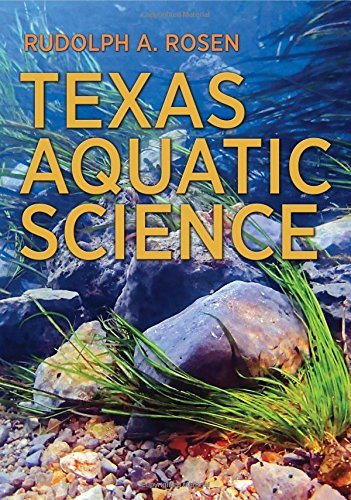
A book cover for Texas Aquatic Science (River Books, Sponsored by The Meadows Center for Water and the Environment, Texa); Rudolph A. Rosen; Science & Math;